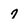
Character: 7